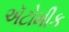
ઍટોમીક